Tartu_linnavalitsus, lk 77
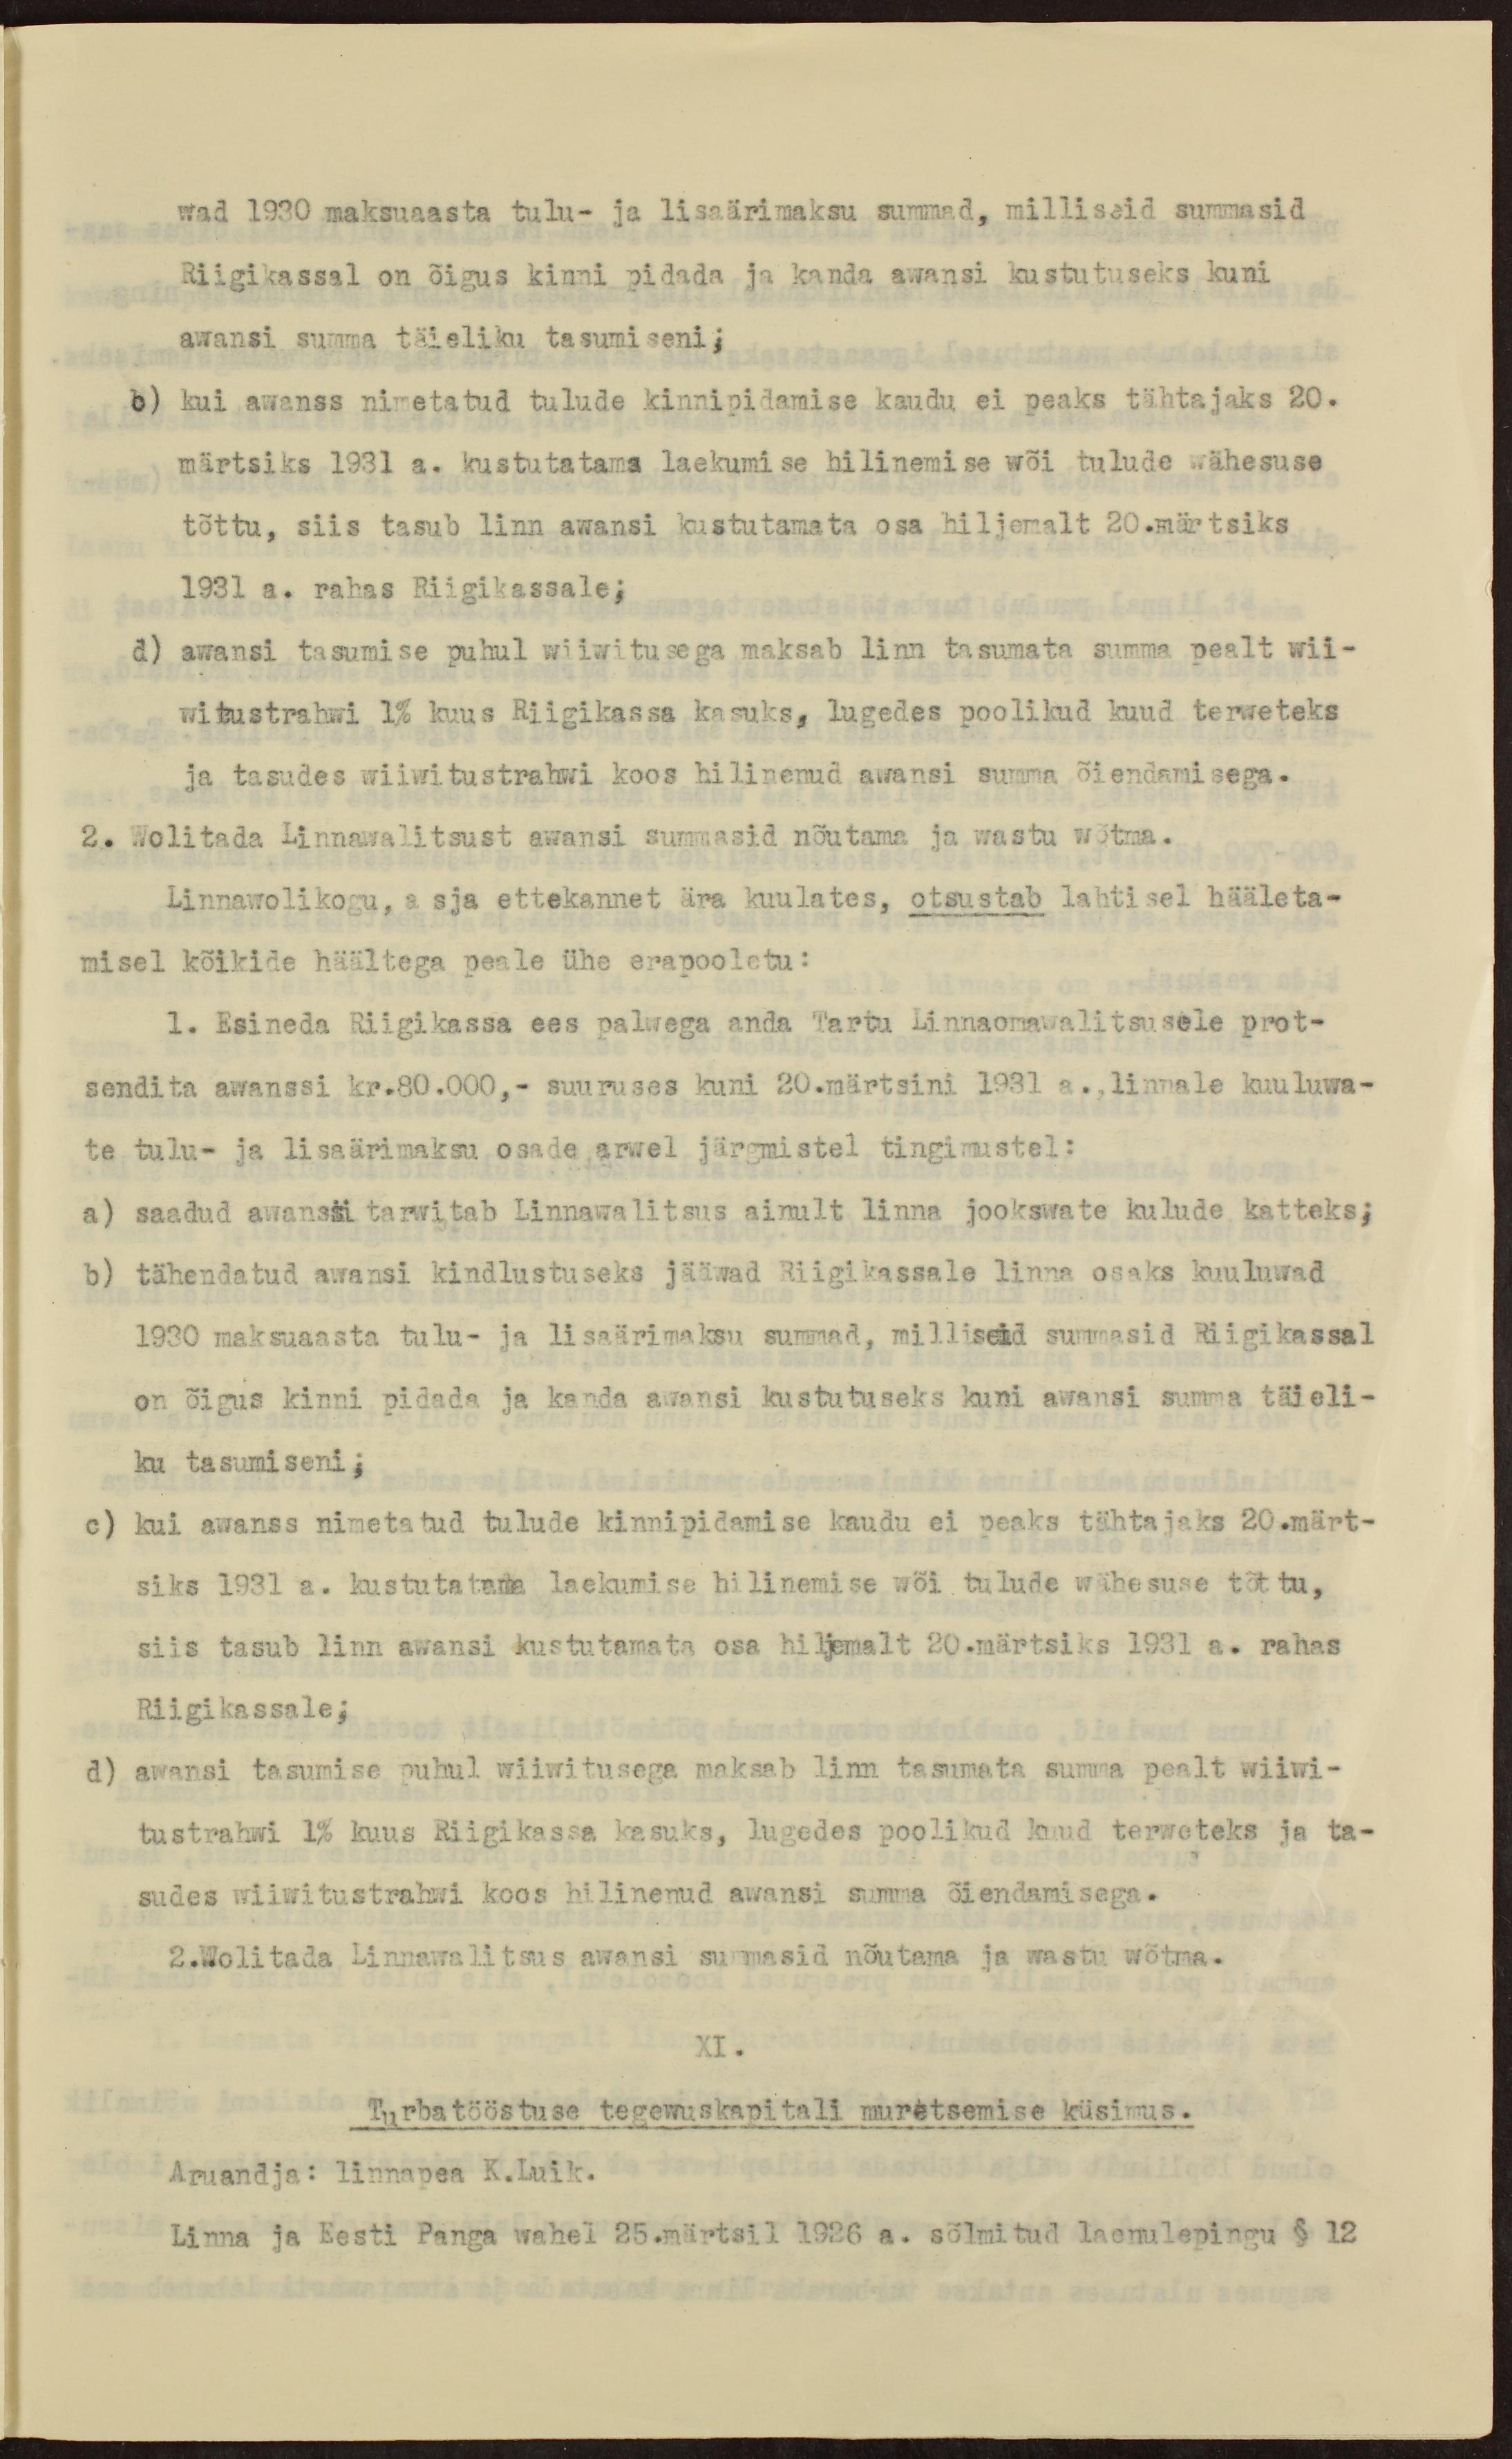
wad 1930 maksuaasta tulu- ja lisaärimaksu summad, milliseid summasid
Riigikassal on õigus kinni pidada ja kanda awansi kustutuseks kuni
awansi summa täieliku tasumiseni;
b) kui awanss nimetatud tulude kinnipidamise kaudu ei peaks tähtajaks 20.
märtsiks 1931 a. kustutatama laekumise hilinemise wõi tulude wähesuse
tõttu, siis tasub linn awansi kustutamata osa hiljemalt 20.märtsiks
1931 a. rahas Riigikassale;
d) awansi tasumise puhul wiiwitusega maksab linn tasumata summa pealt wii-
witustrahwi 1% kuus Riigikassa kasuks, lugedes poolikud kuud terweteks
ja tasudes wiiwitustrahwi koos hilinenud awansi summa õiendamisega.
2. Wolitada Linnawalitsust awansi summasid nõutama ja wastu wõtma.
Linnawolikogu, asja ettekannet ära kuulates, otsustab lahtisel hääleta-
misel kõikide häältega peale ühe erapooletu:
1. Esineda Riigikassa ees palwega anda Tartu Linnaomawalitsusele prot-
sendita awanssi kr.80.000,- suuruses kuni 20.märtsini 1931 a. linnale kuuluwa-
te tulu- ja lisaärimaksu osade arwel järgmistel tingimustel:
a) saadud awanssi tarwitab Linnawalitsus ainult linna jookswate kulude katteks;
b) tähendatud awansi kindlustuseks jääwad Riigikassale linna osaks kuuluwad
1930 maksuaasta tulu- ja lisaärimaksu summad, milliseid summasid Riigikassal
on õigus kinni pidada ja kanda awansi kustutuseks kuni awansi summa täieli-
ku tasumiseni;
c) kui awanss nimetatud tulude kinnipidamise kaudu ei peaks tähtajaks 20.märt-
siks 1931 a. kustutatama laekumise hilinemise wõi tulude wähesuse tõttu,
siis tasub linn awansi kustutamata osa hiljemalt 20.märtsiks 1931 a. rahas
Riigikassale;
d) awansi tasumise puhul wiiwitusega maksab linn tasumata summa pealt wiiwi-
tustrahwi 1% kuus Riigikassa kasuks, lugedes poolikud kuud terweteks ja ta-
sudes wiiwitustrahwi koos hilinenud awansi summa õiendamisega.
2.Wolitada Linnawalitsus awansi sunmasid nõutama ja wastu wõtma.
XI.
Turbatööstuse tegewuskapitali muretsemise küsimus.
Aruandja: linnapea K.Luik.
Linna ja Eesti Panga wahel 25.märtsil 1926 a. sõlmitud laenulepingu § 12